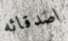
اصدقائه